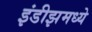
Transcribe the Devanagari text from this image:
इंडीझमध्ये